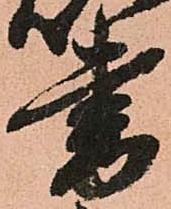
書